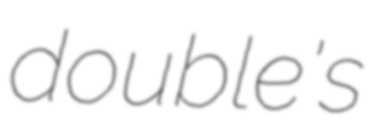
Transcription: double's